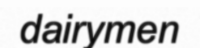
dairymen